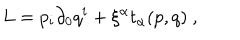
L = p _ { i } \partial _ { 0 } q ^ { i } + \xi ^ { \alpha } t _ { \alpha } ( p , q ) \ ,